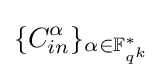
\{C_{in}^{\alpha }\}_{\alpha \in \mathbb {F} _{q^{k}}^{*}}